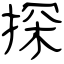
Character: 探